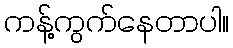
ကန့်ကွက်နေတာပါ။